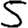
Digit: 5